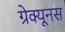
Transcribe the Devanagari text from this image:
ग्रेक्यूनस